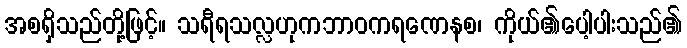
အစရှိသည်တို့ဖြင့်။ သရီရသလ္လဟုကဘာဝကရဏေနစ၊ ကိုယ်၏ပေါ့ပါးသည်၏